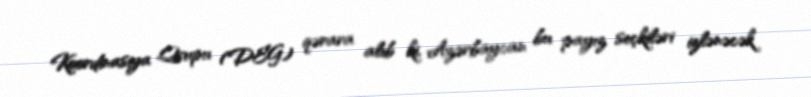
Koordinasiya Qrupu (DEG) qərara alıb ki, Azərbaycan bu payız seçkiləri izlənəcək